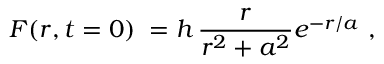
F ( r , t = 0 ) \; = h \, { \frac { r } { r ^ { 2 } + a ^ { 2 } } } e ^ { - { r / a } } \ ,